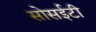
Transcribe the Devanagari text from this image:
सोसईटी